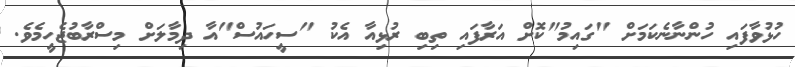
ހުޅުވާފައި ހުންނާނެކަމަށް "ގައިމު"ކޮށް އަރާފައި ތިބި ރުޅިއާ އެކު "ސީހައުސް"އާ ދިމާލަށް މިސްރާބުޖެހީމެވެ.